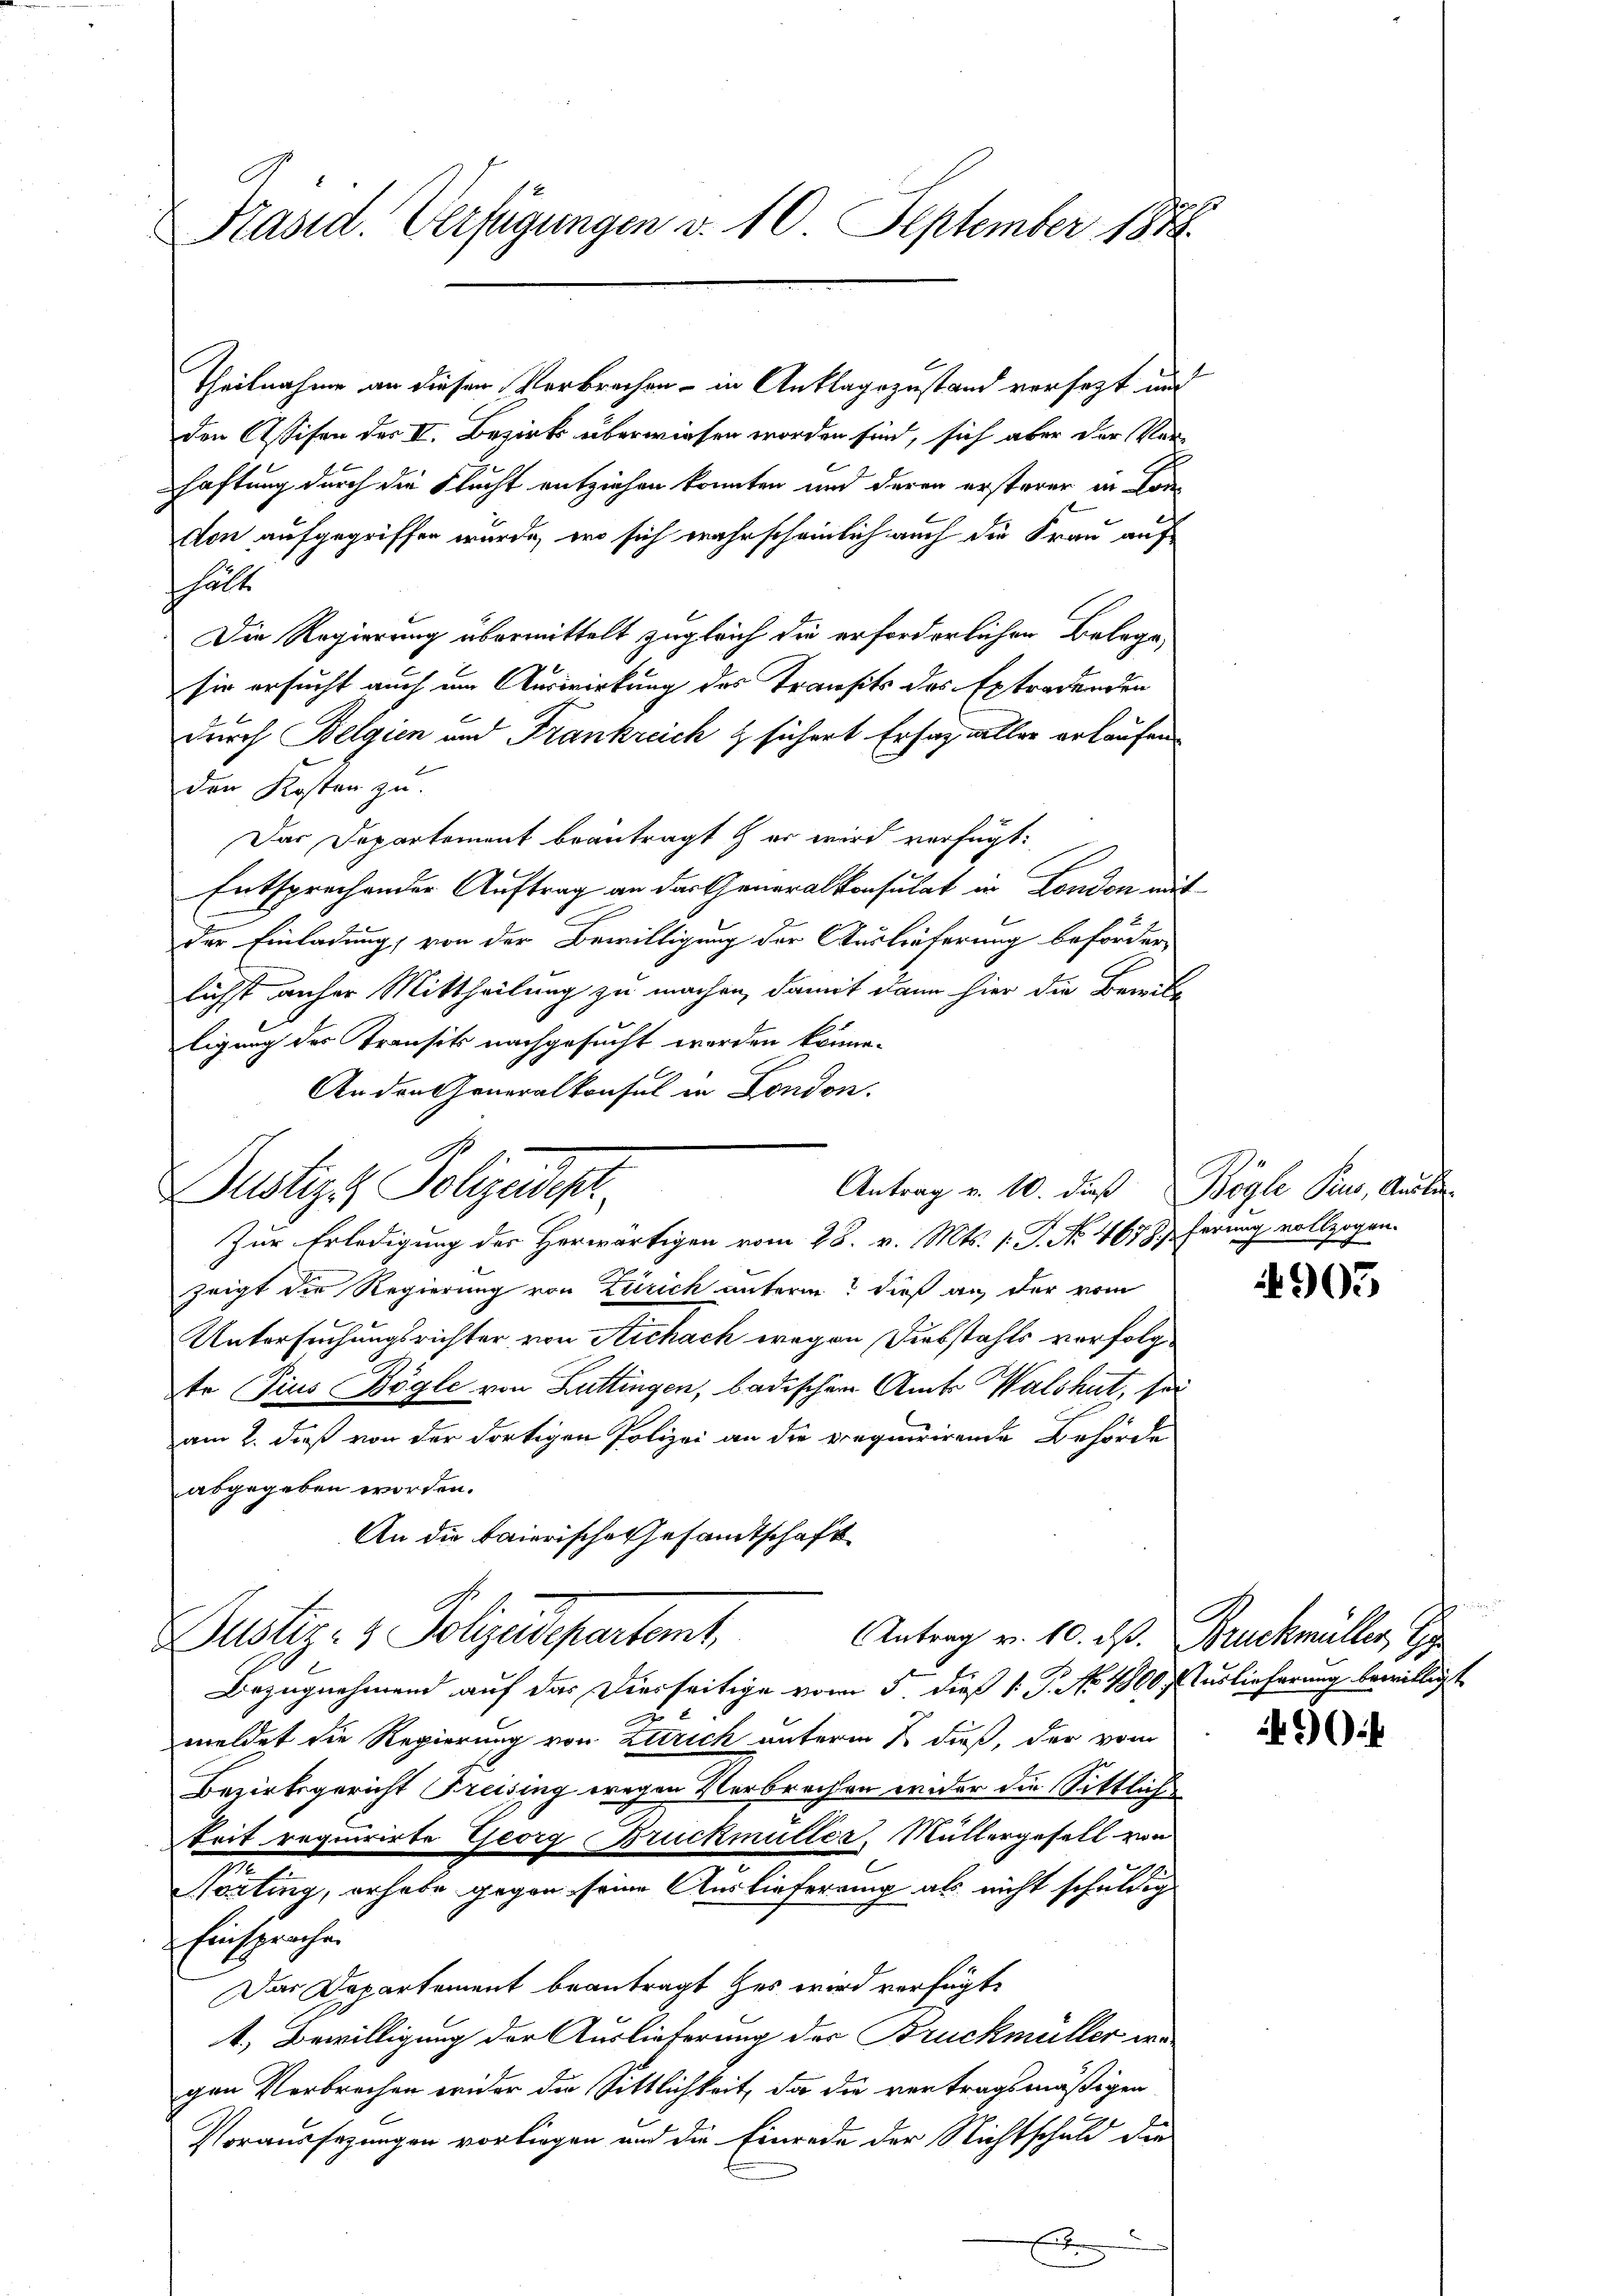
Käsid. Verfügungen v. 10 September 1848.

den Assisen des II. Bezirks überwiesen worden sind, sich aber der Verhaftung durch die Flucht entziehen konnten und deren ersterer in Todes
don aufgegriffen wurde, wo sich wahrscheinlich auch die Frau auf
hälte
Die Regierung übermittelt zugleich die erforderlichen Belege,
sie ersucht auch um Auswirkung des Transits des Extradenden
durch Belgien und Frankreich & sichert Ersatz willer erkaufen
den Kosten zu.
Das Departement beantragt & er wird verfügt:
Entsprechender Auftrag an dartheneralkonsulat in London mit
der Einladung, von der Bewilligung der Austräferung beförderlichst anher Mittheilung zu machen, damit dann hier die Bewill
ligung des Transik nachgesucht worden könne.
An den Generalkonsul in London.
zeigt die Regierung von Zürich unterm? dieß an der vom
Untersuchungsrichter von Aichach wegen Diebstahls vorfolgto Pius Bögle von Luttingen, badischen Amts Walshut, sei
am 2. dieß von der dortigen Polizei an die requirirende Behörde
abgegeben worden.
An die baierische Gesandtschaft
Dustiz- & Polizeidepartamt
Antrag v. 10. ds. Bruckmüller, Gyp
Bezugnehmend auf das Dierseitige vom 5 dieß 1: P. No. 1800. Auslieferung bewilligt
c
meldet die Regierung von Attrich unterm 1. dieß, der vom
Bezirksgericht Freising wegen Verbrechen wider die Sittlich
Prit requirirte Georg Bruckmulter, Müllergefall von
onting, erhabe gegen seine Auslieferung als nicht schuldig
Einsprachen
Das Departement beantragt her wird verfügt:
4. Bewilligung der Auslieferung der Bruckmüller wegen Verbrechen wider die Sittlichkeit, da die vertragsmäßigen
Voraussezungen vorliegen und die Einrede der Nichtschuld die
x

Antrag v. 10. daß Bögle Pius, Austr
Justizt Polizeist
Zur Erledigung der Herwärtigen vom 28. v. Mts. 1. P. No. 4678/

Theilnahme an diesem Verbrechen – in Anklagezustand versezt und

zogen.
ferung vollz
g

903

90: